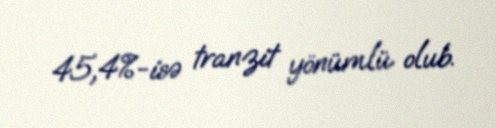
45,4%-isə tranzit yönümlü olub.